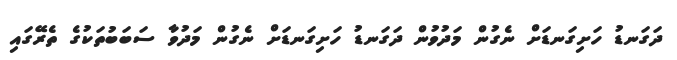
ދަގަނޑު ހަށިގަނޑަށް ނެގުން މަދުވުން ދަގަނޑު ހަށިގަނޑަށް ނެގުން މަދުވާ ސަބަބުތަކުގެ ތެރޭގައި